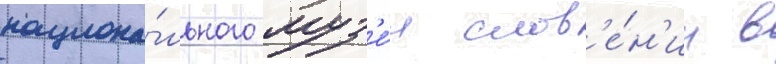
национа́льного муз'е́я слов'е́н'ии в